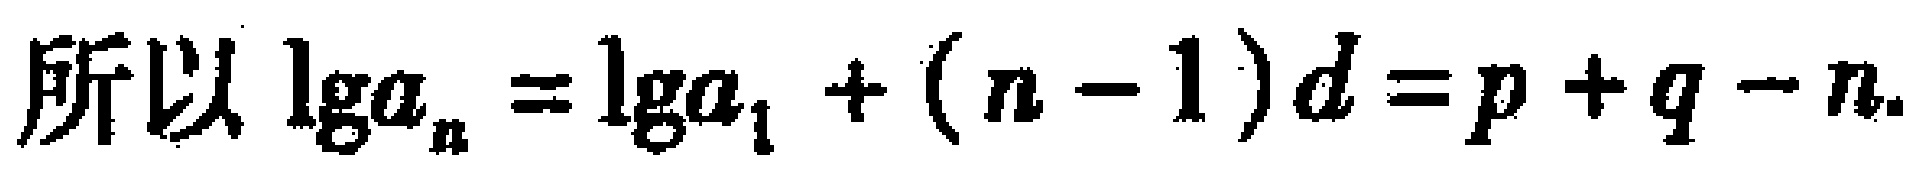
所以 \(\lg a_{n}=\lg a_{1}+(n - 1)d=p + q - n\).